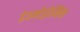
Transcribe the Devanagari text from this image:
डेस्मोड्रोमिक